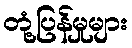
တုံ့ပြန်မှုများ